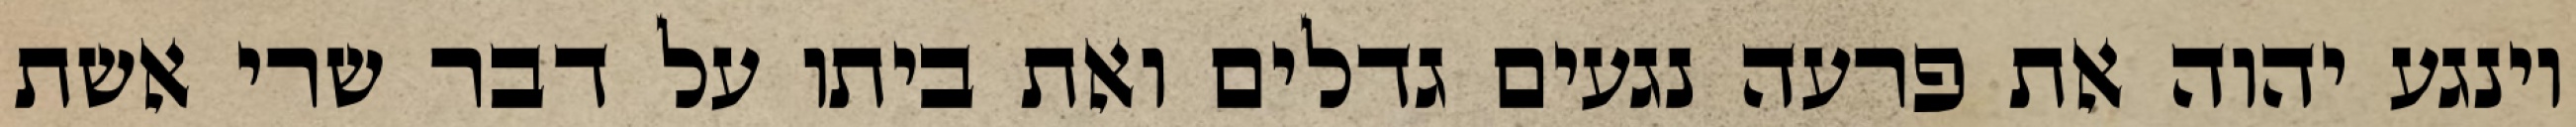
וינגע יהוה את פרעה נגעים גדלים ואת ביתו על דבר שרי אשת